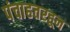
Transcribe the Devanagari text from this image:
पंचाहत्तरहून